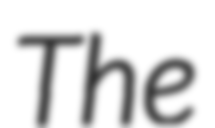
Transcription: The